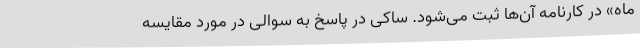
ماه» در کارنامه آن‌ها ثبت می‌شود. ساکی در پاسخ به سوالی در مورد مقایسه